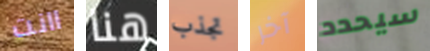
اانت هنا تجذب آخر سيحدد